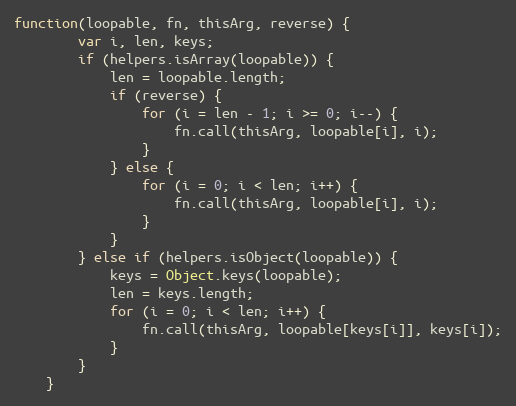
Language: JavaScript
function(loopable, fn, thisArg, reverse) {
		var i, len, keys;
		if (helpers.isArray(loopable)) {
			len = loopable.length;
			if (reverse) {
				for (i = len - 1; i >= 0; i--) {
					fn.call(thisArg, loopable[i], i);
				}
			} else {
				for (i = 0; i < len; i++) {
					fn.call(thisArg, loopable[i], i);
				}
			}
		} else if (helpers.isObject(loopable)) {
			keys = Object.keys(loopable);
			len = keys.length;
			for (i = 0; i < len; i++) {
				fn.call(thisArg, loopable[keys[i]], keys[i]);
			}
		}
	}